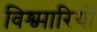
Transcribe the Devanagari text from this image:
विश्व्मारियों